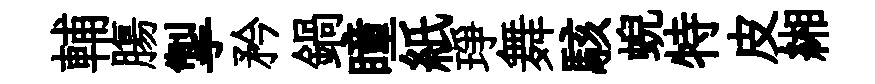
輔膓掣矜鍋瞳紙琤舞駭蜺特皮緗